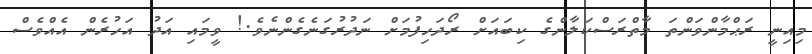
މިއިނީ ރަޙްމާންވަންތަ މާތްރަސްކަލާންގެ ކިބައަށް ރޯދަހިފުމަށް ނަދުރުގަނެގެންނެވެ.! ވީމައި އަދު އަހުރެން އެއްވެސް